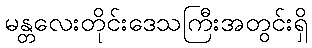
မန္တလေးတိုင်းဒေသကြီးအတွင်းရှိ